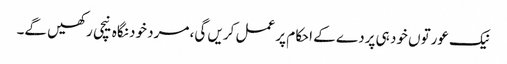
نیک عورتوں خود ہی پردے کے احکام پر عمل کریں گی، مرد خود نگاہ نیچی رکھیں گے۔